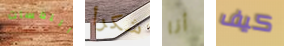
اللمسات شكرأ أنا كيف